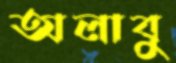
অলাবু